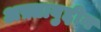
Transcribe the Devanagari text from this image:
अफ़्ताबुद्दीन